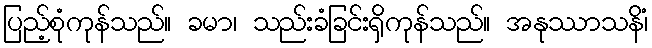
ပြည့်စုံကုန်သည်။ ခမာ၊ သည်းခံခြင်းရှိကုန်သည်။ အနုဿာသနိံ၊